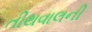
તીથવાલની